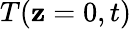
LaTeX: T(\mathbf{z}=0,t)